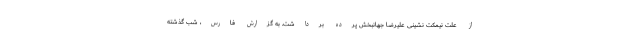
از علت نیمکت نشینی علیرضا جهانبخش پرده برداشت. به گزارش فارس، شب گذشته